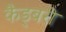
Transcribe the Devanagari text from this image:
कैड्बरी